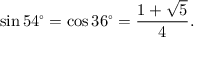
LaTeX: \sin 5 4 ^ { \circ } = \cos 3 6 ^ { \circ } = { \frac { 1 + { \sqrt { 5 } } } { 4 } } .